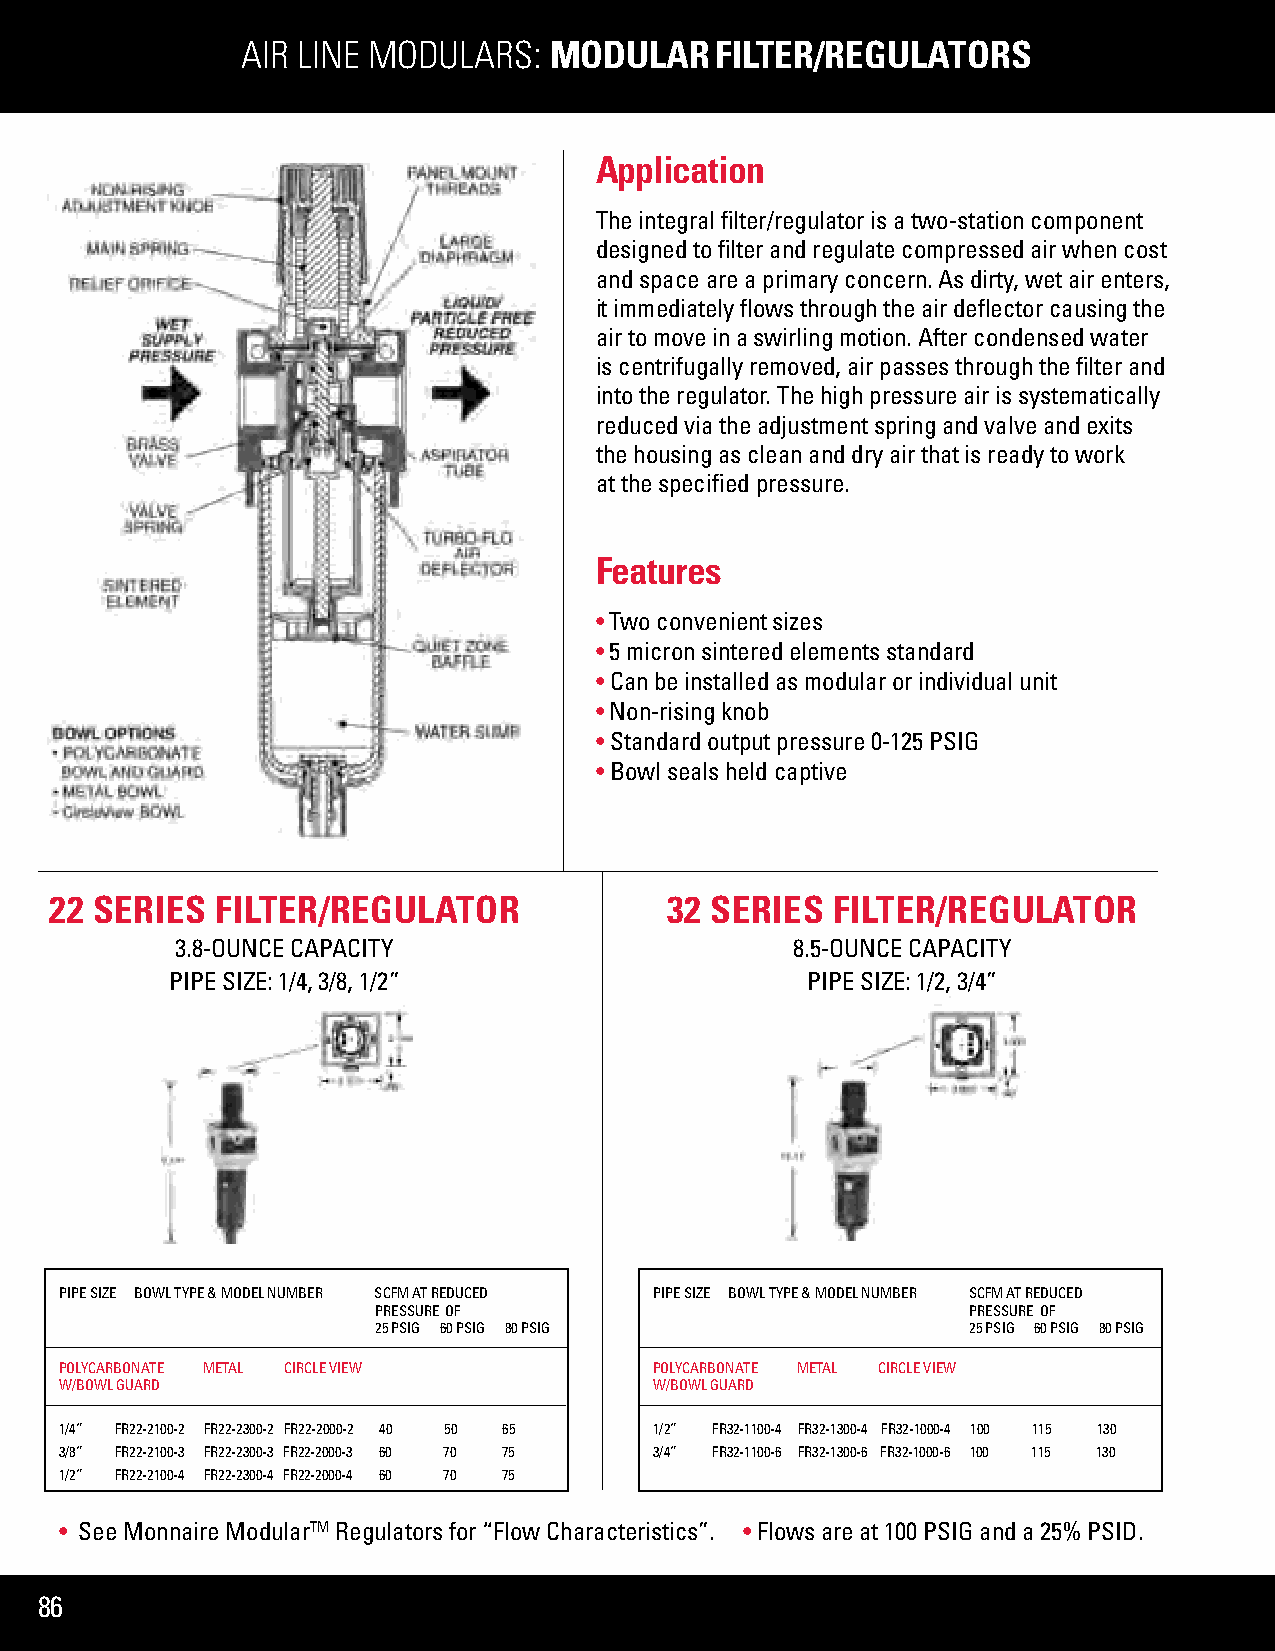
AIR LINE MODULARS:  MODULAR    FILTER/REGULATORS
 Application
 The integral filter/regulator is a two-station component
 designed to filter and regulate compressed air when cost
 and space are a primary concern. As dirty, wet air enters,
 it immediately flows through the air deflector causing the
 air to move in a swirling motion. After condensed water
 is centrifugally removed, air passes through the filter and
 into the regulator. The high pressure air is systematically
 reduced via the adjustment spring and valve and exits
 the housing as clean and dry air that is ready to work
 at the specified pressure.
 Features
 • Two convenient sizes
 • 5 micron sintered elements standard
 • Can be installed as modular or individual unit
 • Non-rising knob
 • Standard output pressure 0-125 PSIG
 • Bowl seals held captive
 22 SERIES  FILTER/REGULATOR              32 SERIES  FILTER/REGULATOR
 3.8-OUNCE CAPACITY                       8.5-OUNCE CAPACITY
 PIPE SIZE: 1/4, 3/8, 1/2”                 PIPE SIZE: 1/2, 3/4”
 PIPE SIZE BOWL TYPE & MODEL NUMBER SCFM AT REDUCED PIPE SIZE BOWL TYPE & MODEL NUMBER SCFM AT REDUCED
 PRESSURE OF                            PRESSURE OF
 25 PSIG 60 PSIG 80 PSIG                25 PSIG 60 PSIG 80 PSIG
 POLYCARBONATE METAL CIRCLE VIEW        POLYCARBONATE METAL CIRCLE VIEW
 W/BOWL GUARD                           W/BOWL GUARD
 1/4” FR22-2100-2 FR22-2300-2 FR22-2000-2 40 50 65 1/2” FR32-1100-4 FR32-1300-4 FR32-1000-4 100 115 130
 3/8” FR22-2100-3 FR22-2300-3 FR22-2000-3 60 70 75 3/4” FR32-1100-6 FR32-1300-6 FR32-1000-6 100 115 130
 1/2” FR22-2100-4 FR22-2300-4 FR22-2000-4 60 70 75
 • See Monnaire ModularTM Regulators for “Flow Characteristics”. • Flows are at 100 PSIG and a 25% PSID.
 86